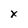
Character: x